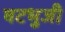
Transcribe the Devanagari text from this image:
षटभुजी